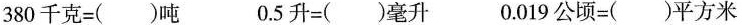
$$3 8 0 千 克 = ( ) 吨$$ $$0 . 5 升 = ( ) 毫 升$$ $$0 . 0 1 9 公 顷 = ( ) 平 方 米$$